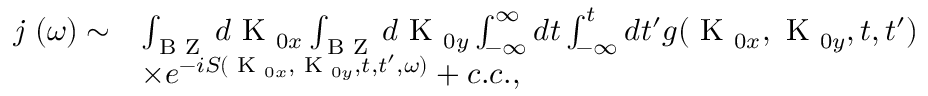
\begin{array} { r l } { \textit { j } ( \omega ) \sim } & { \int _ { \textrm { B Z } } d \textrm { K } _ { 0 x } \int _ { \textrm { B Z } } d \textrm { K } _ { 0 y } \int _ { - \infty } ^ { \infty } d t \int _ { - \infty } ^ { t } d t ^ { \prime } g ( \textrm { K } _ { 0 x } , \textrm { K } _ { 0 y } , t , t ^ { \prime } ) } \\ & { \times e ^ { - i S ( \textrm { K } _ { 0 x } , \textrm { K } _ { 0 y } , t , t ^ { \prime } , \omega ) } + c . c . , } \end{array}